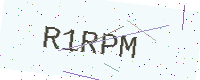
Text: R1RPM